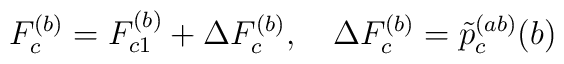
F_c^{(b)}=F_{c1}^{(b)}+\Delta F_c^{(b)},\quad \Delta F_c^{(b)}=\tilde p_c^{(ab)}(b)